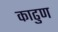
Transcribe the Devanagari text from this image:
काढुण